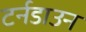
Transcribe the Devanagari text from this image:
टर्नडाउन